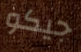
جيكو